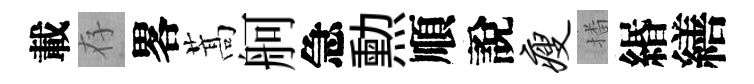
載存畧蒿舸急勲順說瘦播緡繕